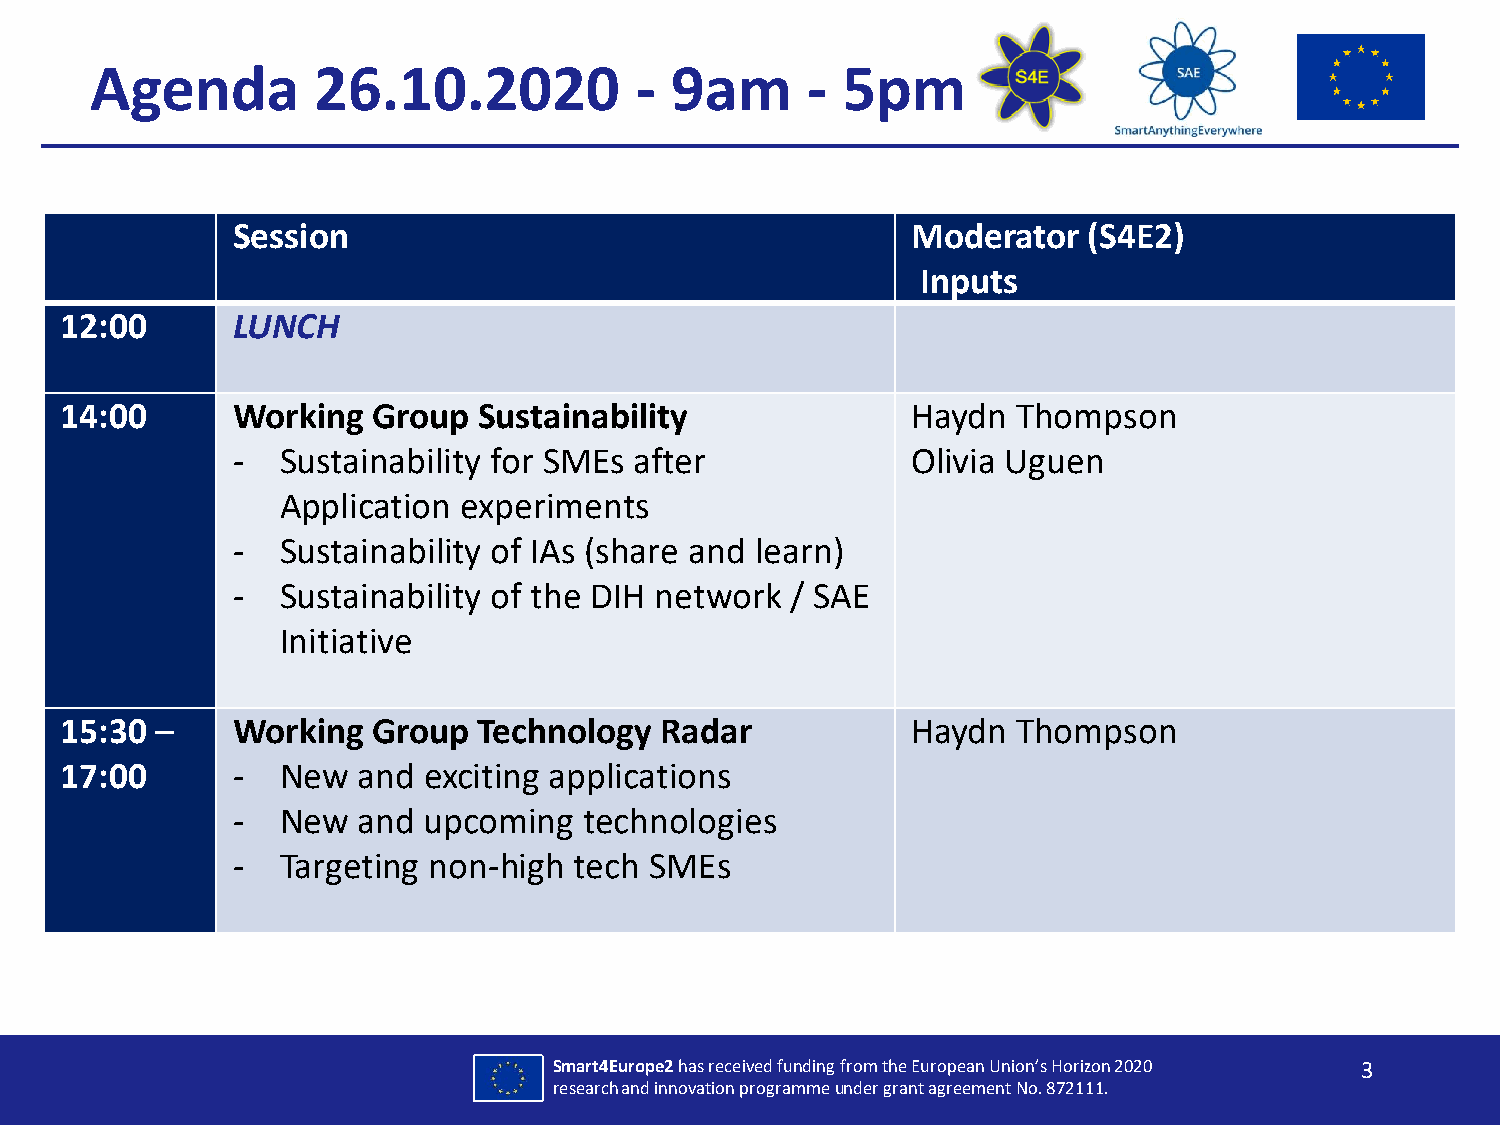
Agenda         26.10.2020           - 9am      -  5pm
 Session                                      Moderator   (S4E2)
 Inputs
 12:00      LUNCH
 14:00      Working   Group  Sustainability              Haydn  Thompson
 -   Sustainability for SMEs after            Olivia Uguen
 Application experiments
 -   Sustainability of IAs (share and learn)
 -   Sustainability of the DIH network / SAE
 Initiative
 15:30 –    Working   Group  Technology  Radar           Haydn  Thompson
 17:00      -   New  and exciting applications
 -   New  and upcoming   technologies
 -   Targeting non-high tech SMEs
 Smart4Europe2has received funding from the European Union’s Horizon 2020 3
 researchand innovation programmeunder grant agreement No. 872111.